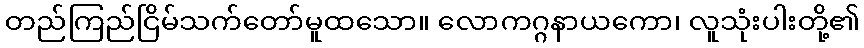
တည်ကြည်ငြိမ်သက်တော်မူထသော။ လောကဂ္ဂနာယကော၊ လူသုံးပါးတို့၏